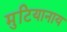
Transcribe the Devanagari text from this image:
मुटियानाय